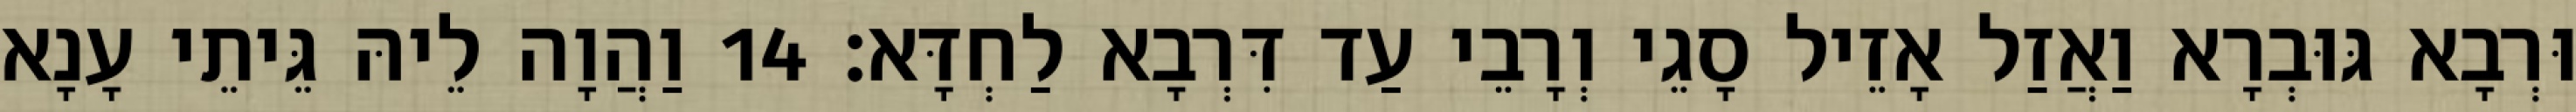
וּרְבָא גּוּבְרָא וַאֲזַל אָזֵיל סָגֵי וְרָבֵי עַד דִּרְבָא לַחְדָּא׃ 14 וַהֲוָה לֵיהּ גֵּיתֵי עָנָא